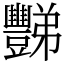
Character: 豒